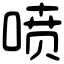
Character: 喷